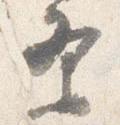
条